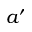
a ^ { \prime }